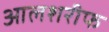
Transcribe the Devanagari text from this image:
आलशरीफ